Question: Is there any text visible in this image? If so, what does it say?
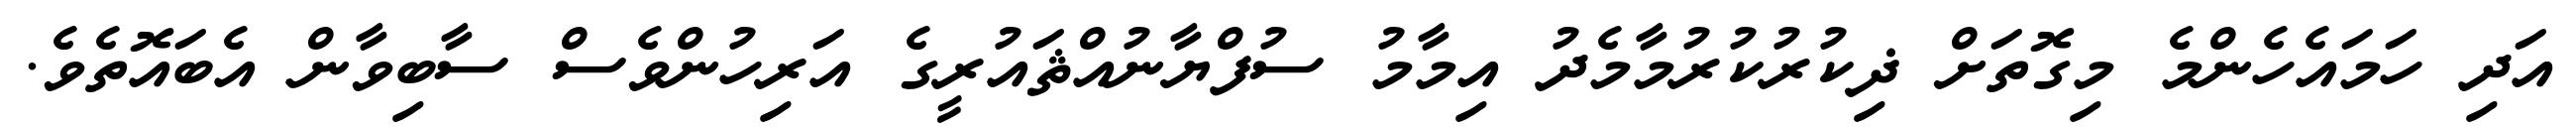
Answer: އަދި ހަމައެހެންމެ މިގޮތަށް ޛިކުރުކުރުމާމެދު އިމާމު ސުފްޔާނުއްޘައުރީގެ އަރިހުންވެސް ސާބިވާން އެބައޮތެވެ.